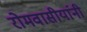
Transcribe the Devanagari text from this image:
रोमवासीयांनी